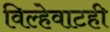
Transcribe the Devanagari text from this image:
विल्हेवाटही